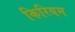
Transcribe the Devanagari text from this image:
किरियम